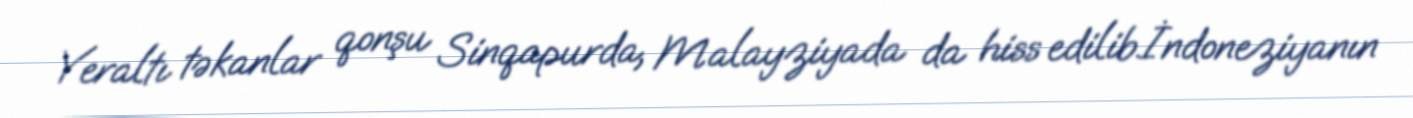
Yeraltı təkanlar qonşu Sinqapurda, Malayziyada da hiss edilib.İndoneziyanın